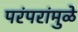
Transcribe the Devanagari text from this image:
परंपरांमुळे